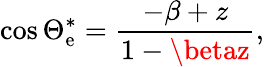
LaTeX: \cos{\Theta_{\mathrm{e}}^{\ast}}=\frac{{-\beta+z}}{{1-\betaz}},